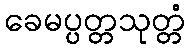
ခေမပ္ပတ္တသုတ္တံ